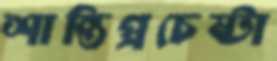
শান্তিপ্রচেষ্টা